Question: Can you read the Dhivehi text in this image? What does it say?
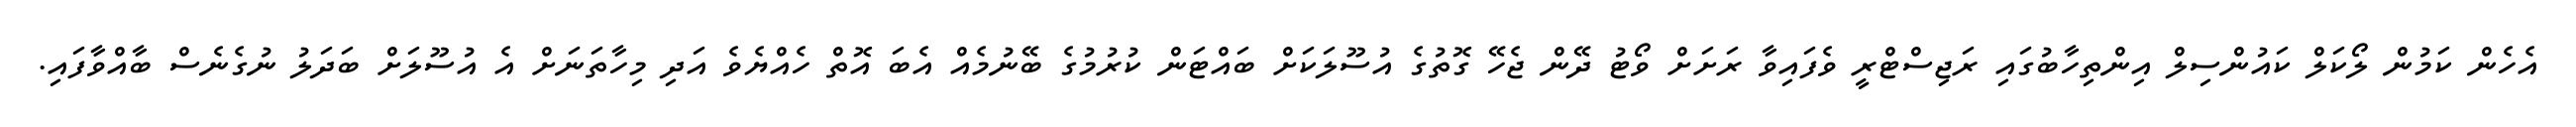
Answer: އެހެން ކަމުން ލޯކަލް ކައުންސިލް އިންތިހާބުގައި ރަޖިސްޓްރީ ވެފައިވާ ރަށަށް ވޯޓު ދޭން ޖެހޭ ގޮތުގެ އުސޫލަކަށް ބައްޓަން ކުރުމުގެ ބޭނުމެއް އެބަ އޮތް ހެއްޔެވެ އަދި މިހާތަނަށް އެ އުސޫލަށް ބަދަލު ނުގެނެސް ބާއްވާފައި.